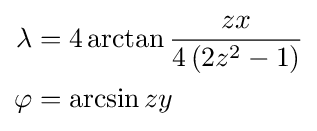
{\begin{aligned}\lambda &=4\arctan {\frac {zx}{4\left(2z^{2}-1\right)}}\\\varphi &=\arcsin zy\end{aligned}}